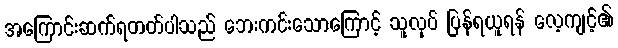
အကြောင်းဆက်ရတတ်ပါသည် ဘေးကင်းသောကြောင့် သူလုပ် ပြန်ရယူရန် လေ့ကျင့်၏